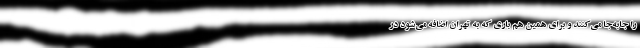
را جابه‌جا می‌کنند و برای همین هم باری که به تهران اضافه می‌شود در